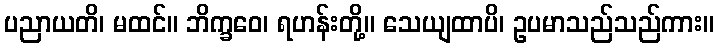
ပညာယတိ၊ မထင်။ ဘိက္ခဝေ၊ ရဟန်းတို့။ သေယျထာပိ၊ ဥပမာသည်သည်ကား။